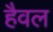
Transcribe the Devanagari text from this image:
हैवल